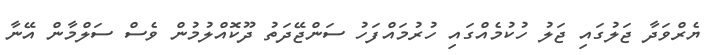
ޔެރްވަދާ ޖަލުގައި ޖަލު ހުކުމެއްގައި ހުރުމައްފަހު ސަންޖޭދަތު ދޫކޮއްލުމުން ވެސް ސަލްމާން އޭނާ